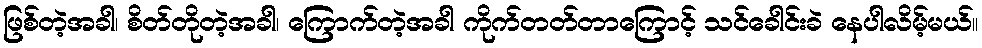
ဖြစ်တဲ့အခါ၊ စိတ်တိုတဲ့အခါ၊ ကြောက်တဲ့အခါ ကိုက်တတ်တာကြောင့် သင်ခေါင်းခဲ နေပါလိမ့်မယ်။